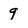
Character: 9